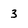
Character: 3